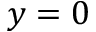
y = 0